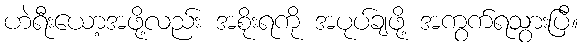
ဟဲရီးယော့အဖို့လည်း အစိုးရကို အပုပ်ချဖို့ အကွက်ရသွားပြီ။